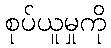
စုပ်ယူမှုကို